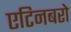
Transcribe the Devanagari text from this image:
एटिनबरो